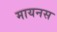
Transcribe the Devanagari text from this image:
मायनस